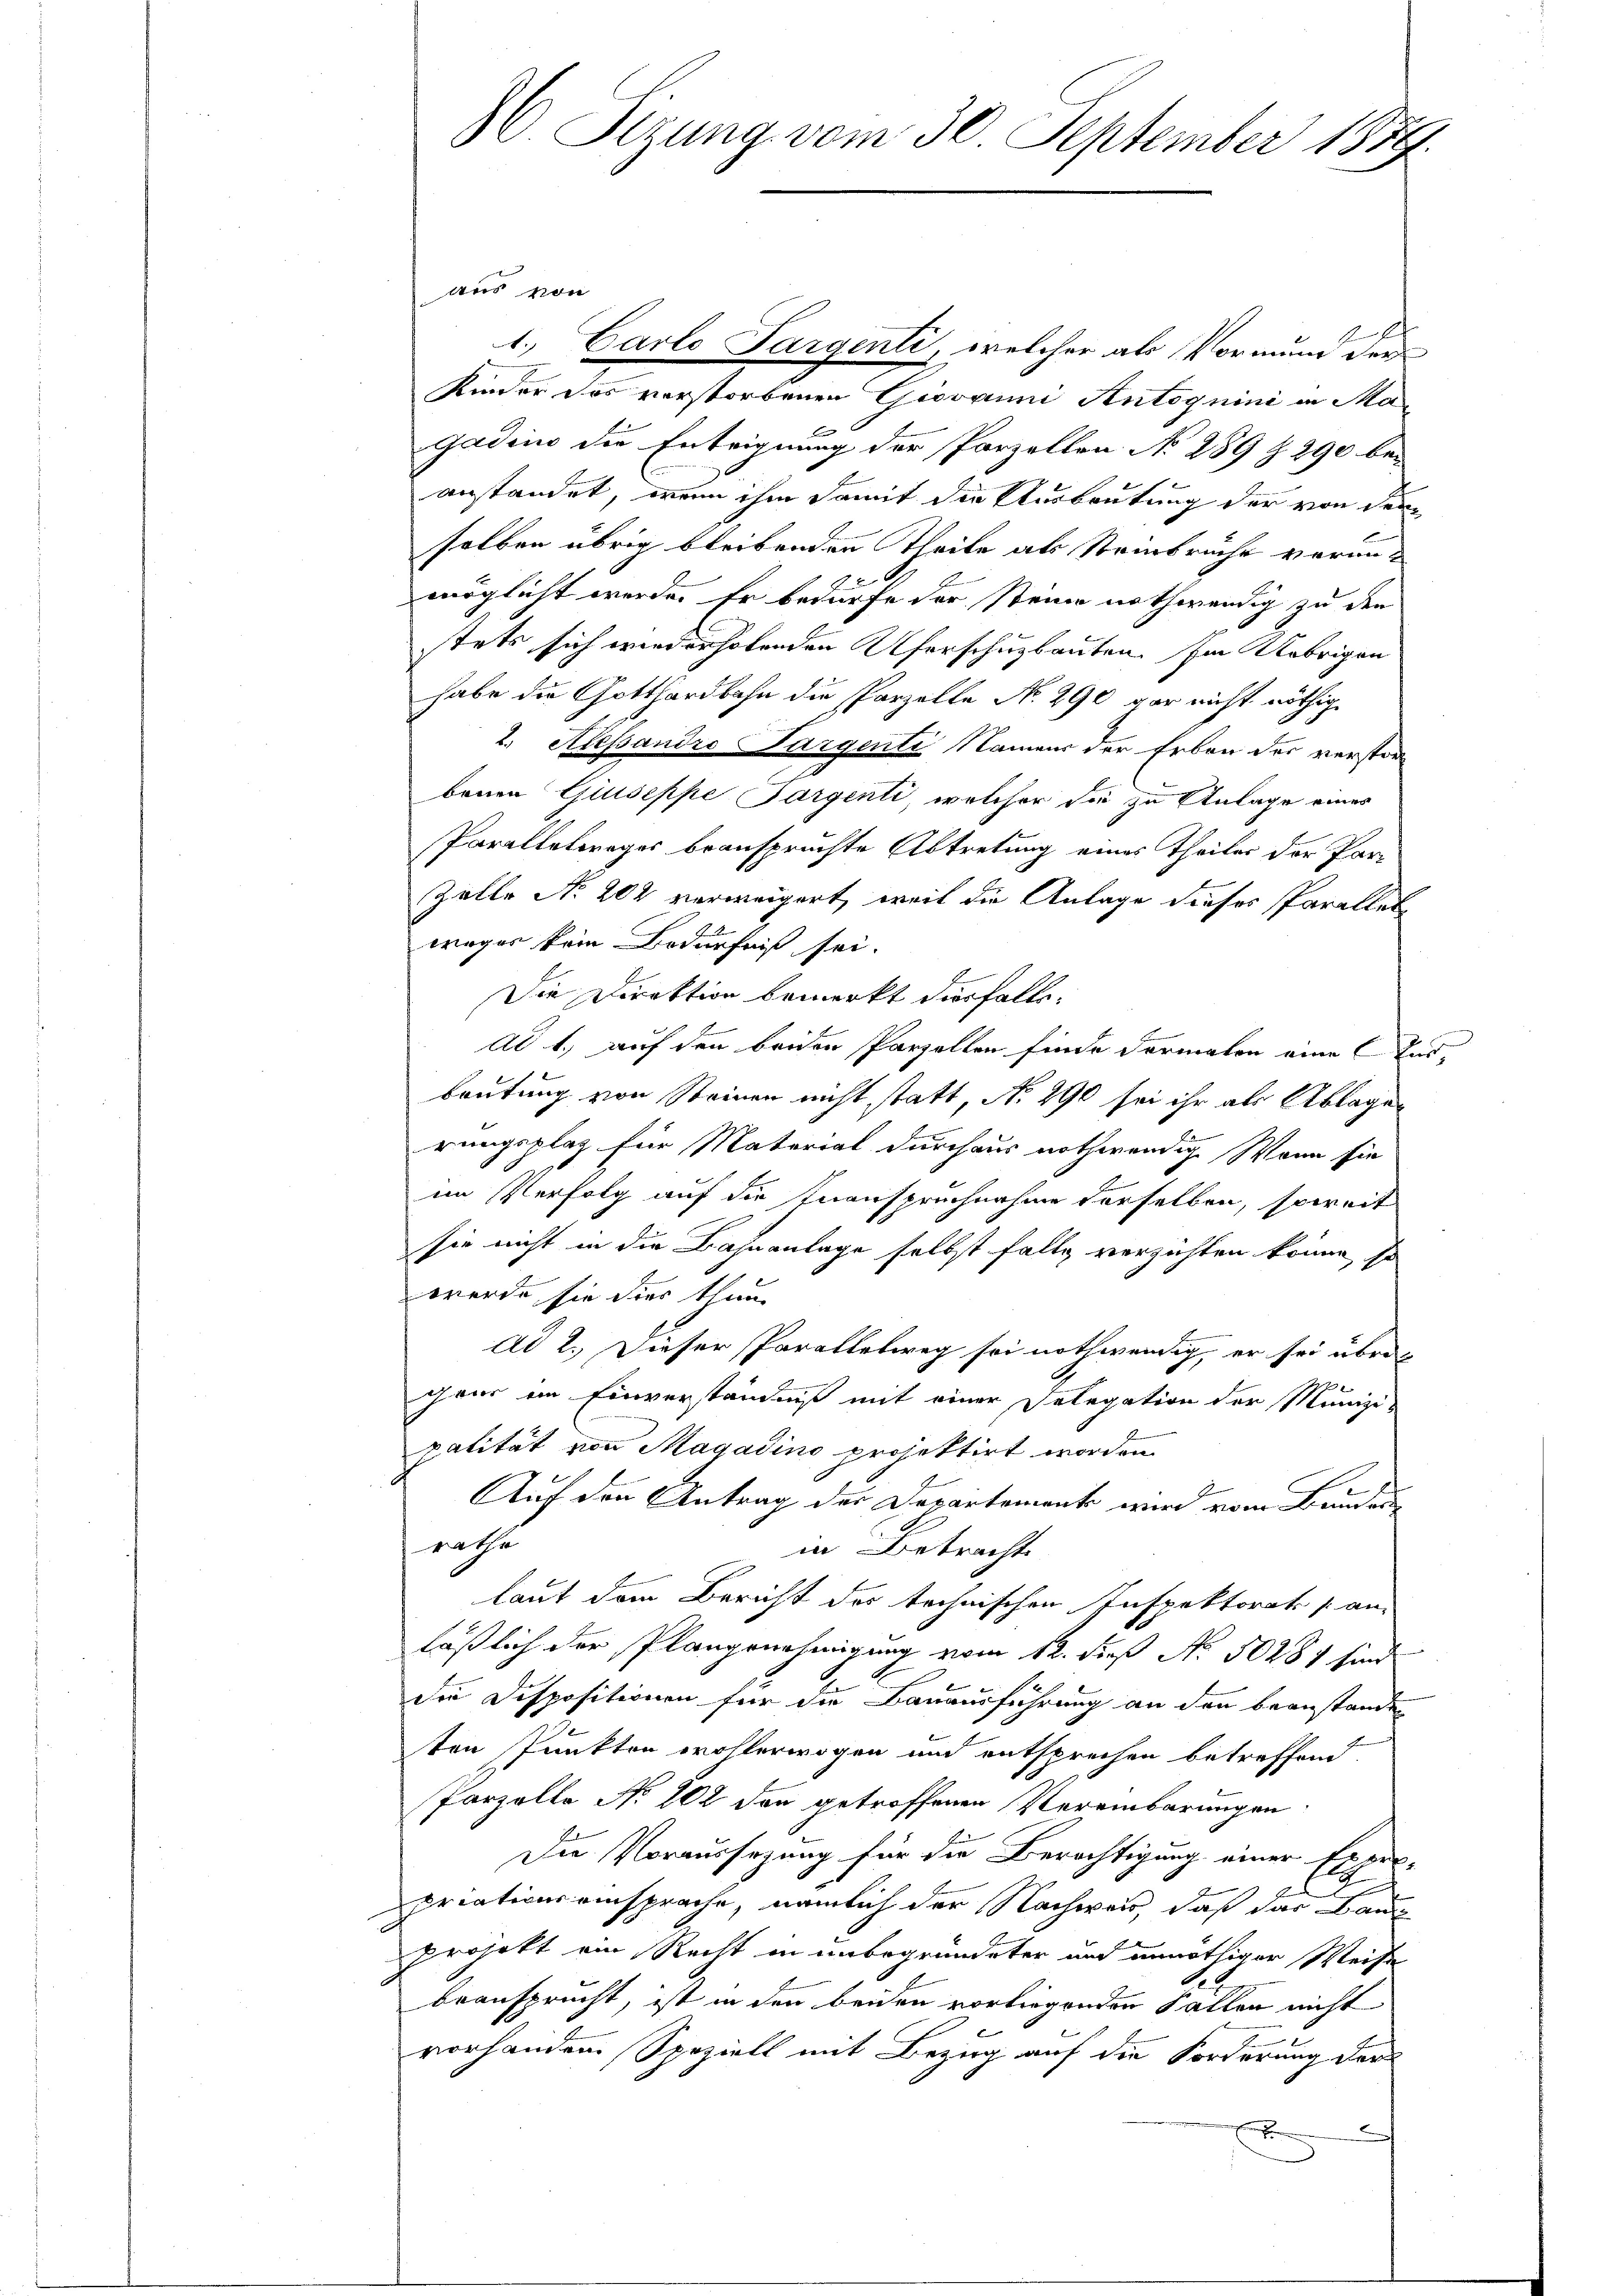
1. Carlo Pargenti, welcher als Vormund der
Kinder das verstorbenen Giovanni Antognini in Ma¬
Gadius die Enteignung der Parzellen No 289 Z. 290 bei
anstandet, wenn ihm damit die Ausbeutung der von derselben übrig bleibenden Theile als Steinbrüche voranmöglicht werde. Er bedürfe der steine nothwendig zu den
stets sich wiederholenden Uferschuzbauten. Im Uebrigen
habe die Gotthardbahn die Parzelle N. 290 gar nicht nöthig
2. Alessandro Sargenti Namens der Erben der verstor
benen Giuseppe Pargenti, welcher die zu Anlage eines
Paralletweger beanspruchte Abtretung eines Theiler der Par-
Zelle No 202 verweigert, weil die Anlage dieses Parallet
weger kein Bedürfniß sei.
Die Direktion bemerkt diesfalls¬
Ad 1., auf den beiden Parzellen finde Formalen eine Ausbeutung von Steinen nicht statt, No 290 sei ihr als Ablagen
rungsplatz für Material durchaus nothwendig. Wenn sie
im Verfolg auf die Inanspruchnahme derselben, soweit
sie nicht in die Bahnanlage selbst falle verzichten könne, so
werde sie dies thun
ad 2.) Dieser Parallelweg sei nothwendig, er sei übrigens im Einverständniß mit einer Delegation der Munizi-
palität von Magadino projektirt worden.
Auf den Antrag der Departement wird vom Brudern
rathe
in Betracht
laut dem Bericht des technischen Inspektorats an-
läßlich der Plangenehmigung vom 12. dieß No. 50281 sind
die Dispositionen für die Bauausführung an den beanstanden
ten Punkten wohlerwogen und entsprechen betreffend
Porzelle No 102 den getroffenen Vereinbarungen
Die Voraussezung für die Berichtigung einer Experc
priationsansprache, nämlich der Nachweis, daß das Baue
projekt ein Recht in unbegründeter und unnöthiger Weise
.
beansprucht, ist in den beiden vorliegenden Fallen nicht
vorhanden Speziell mit Bezug auf die Forderung der
2

26. Sizung vom 30. September 1889

aus von